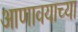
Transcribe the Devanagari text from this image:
आणावयाच्या